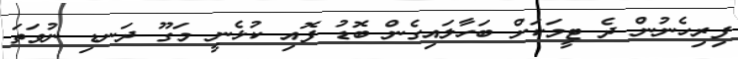
ފިރިހެނުން ދެ ޓީމަކަށް ބަހާލައިގެން ބޮޑު ފޮއި ކުޅެނީ މަގޫ ދަނޑި ނުވަތަ